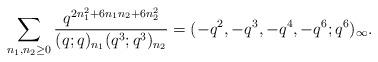
LaTeX: \begin{align*} \sum_{n_1,n_2 \geq 0} \frac{q^{2 n_1^2 + 6 n_1 n_2 + 6 n_2^2}}{(q;q)_{n_1} (q^3;q^3)_{n_2}} = (-q^2,-q^3,-q^4,-q^6; q^6)_\infty.\end{align*}